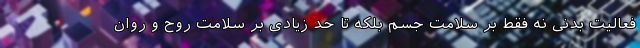
فعالیت بدنی نه فقط بر سلامت جسم بلکه تا حد زیادی بر سلامت روح و روان